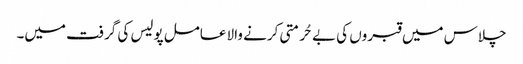
چلاس میں قبروں کی بے حُرمتی کرنے والا عامل پولیس کی گرفت میں۔